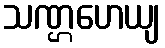
သဏ္ဌဟေယျ